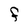
Character: F